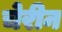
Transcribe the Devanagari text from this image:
चेरीन